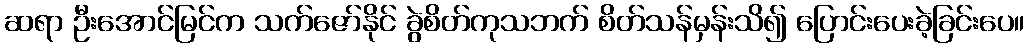
ဆရာ ဦးအောင်မြင်က သက်ဇော်နိုင် ခွဲစိတ်ကုသဘက် စိတ်သန်မှန်းသိ၍ ပြောင်းပေးခဲ့ခြင်းပေ။